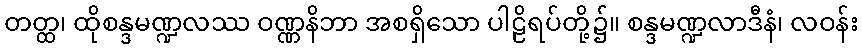
တတ္ထ၊ ထိုစန္ဒမဏ္ဍလဿ ဝဏ္ဏနိဘာ အစရှိသော ပါဠိရပ်တို့၌။ စန္ဒမဏ္ဍလာဒီနံ၊ လဝန်း